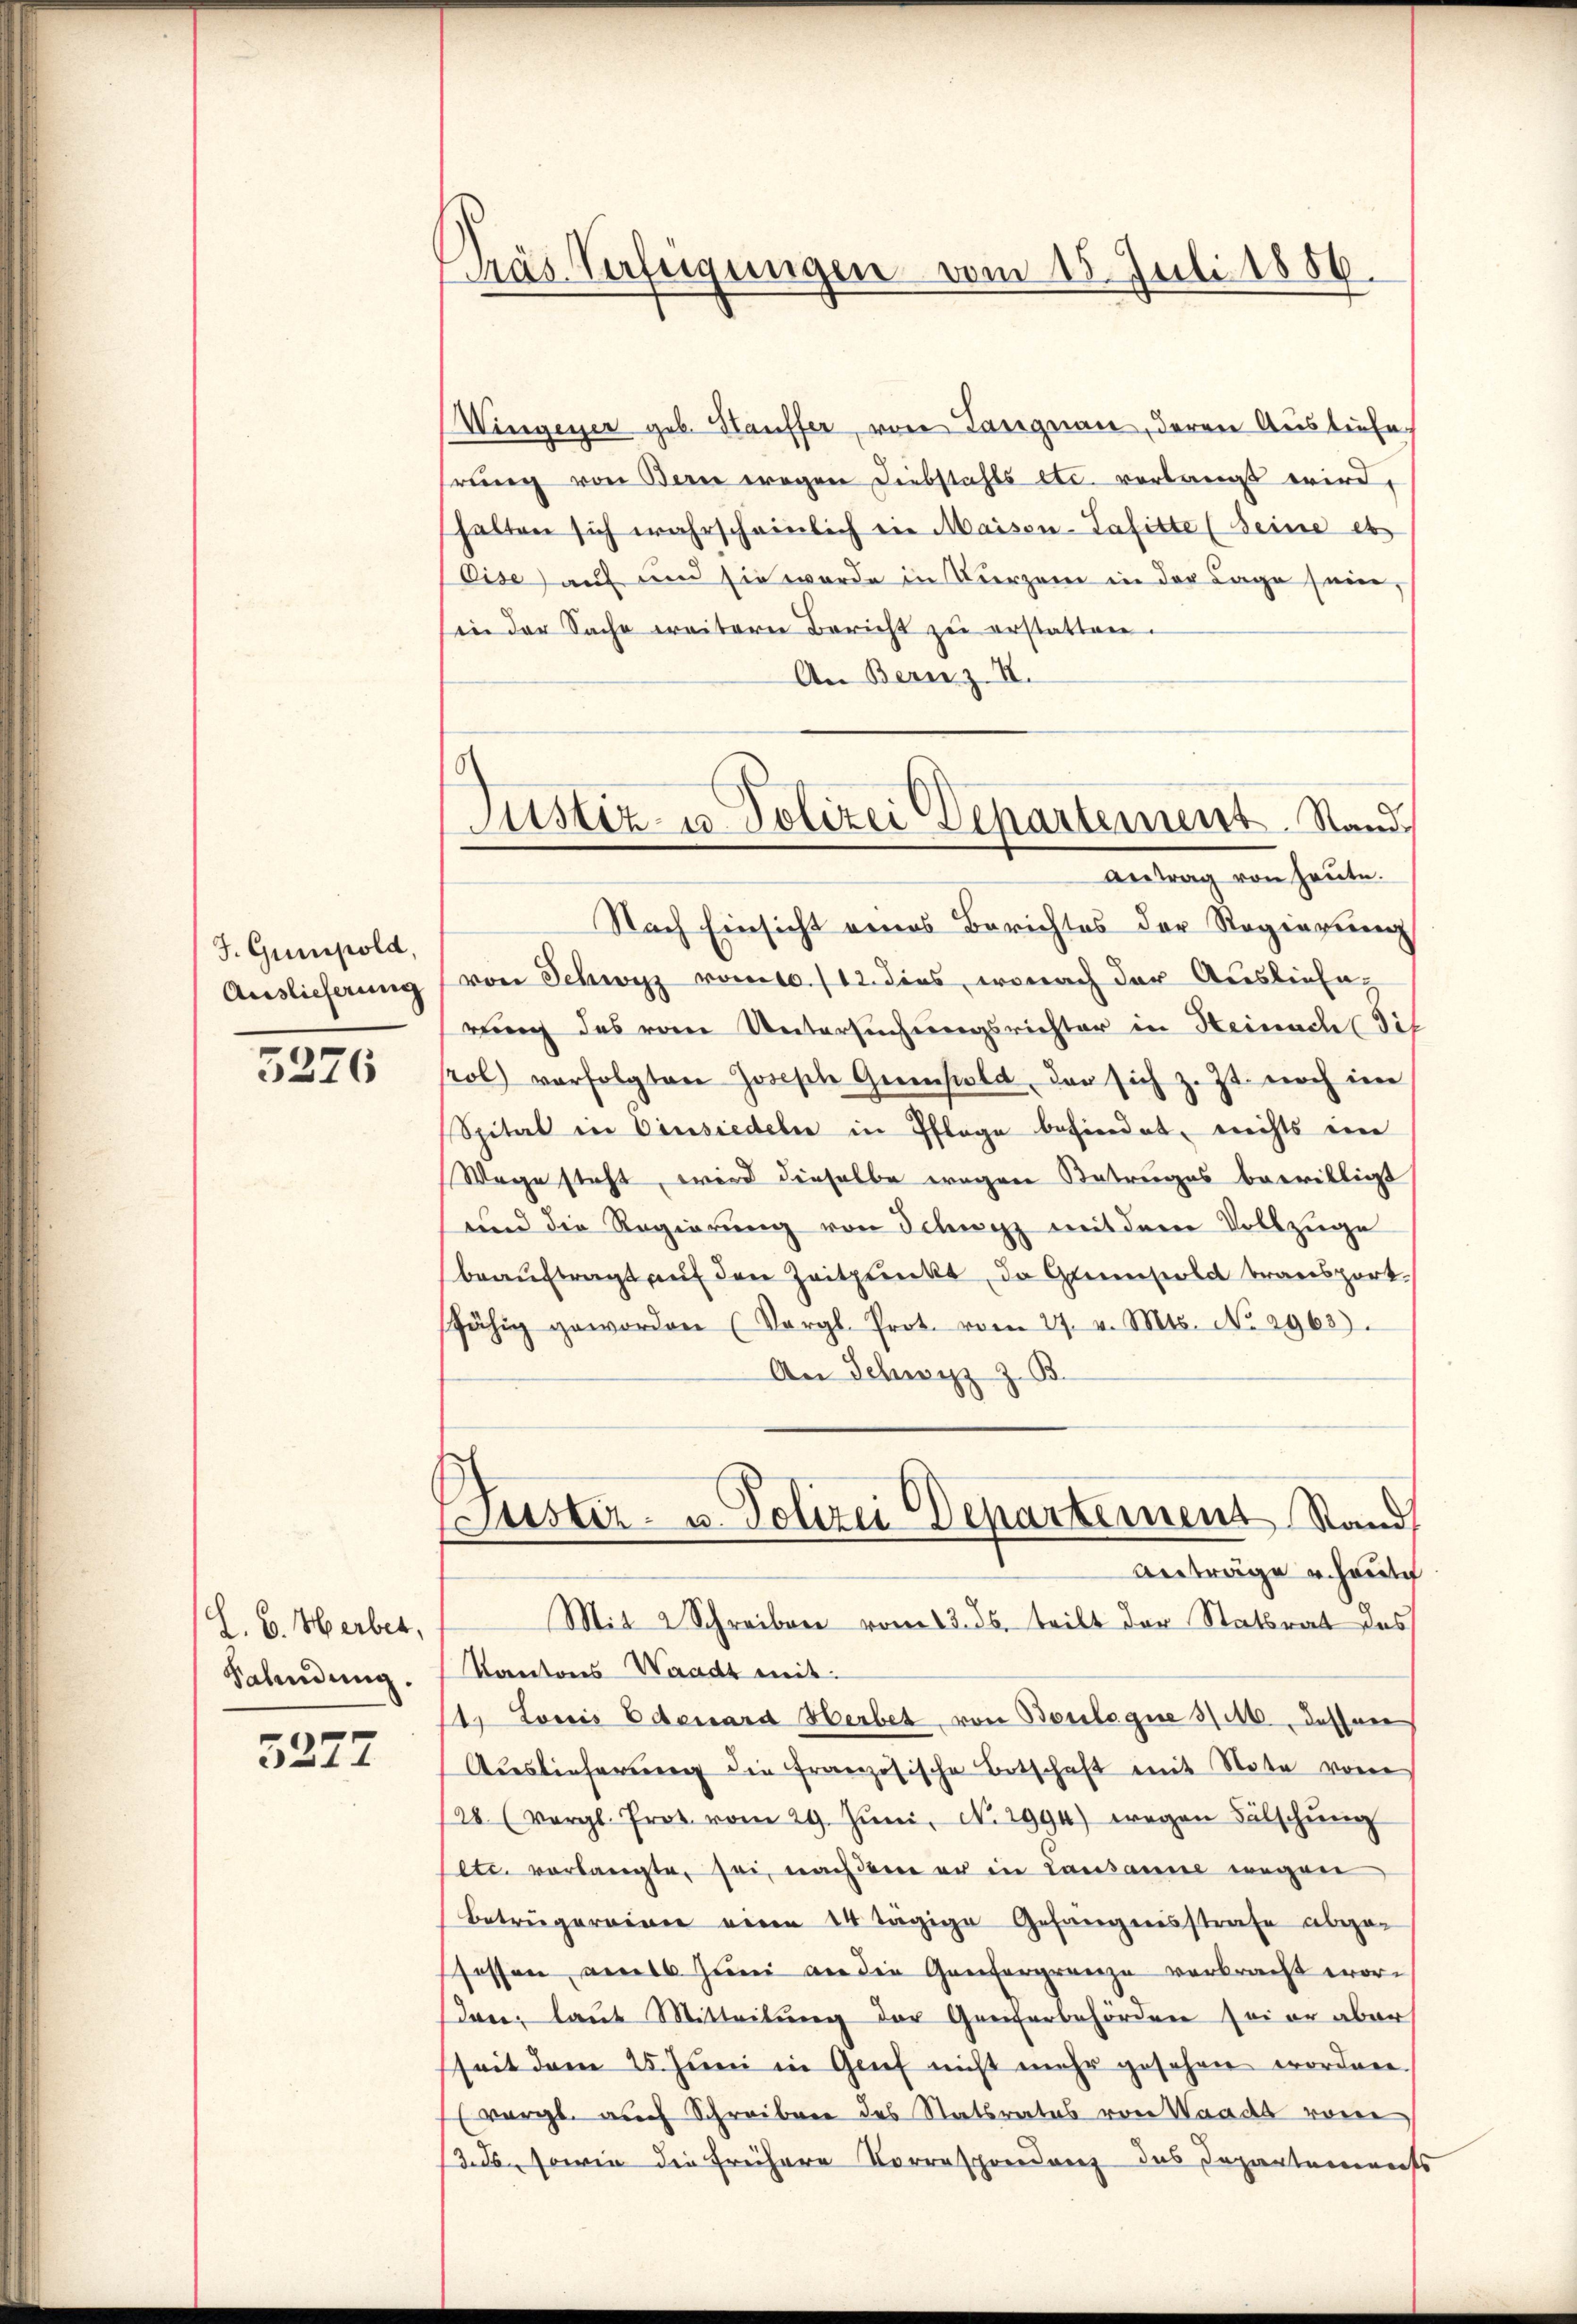
J. Gumpold,
Auslieferung

5276

L. B. Herbet,
Sahndung.

3277

Kras Verfügungen vom 15. Juli 1886.

Wingener geb. Häuffer, von Langnau, deren Ausliefe.
hrung von Berne wegen Diebstahls etc. verlangt wird,
halten sich wahrscheinlich in Maisen-Tafitte (Seine et
Cise) auf und sie wurde in Vierzen in der Lage sein,
in der Sache weitern Bericht zu erstatten.
An Bernz II.
Nach Einsicht eines Berichtes der Regierung
von Schwyz vom 1. /12. dies, wonach der Auslieferung des vom Untersuchungsrichter in Heinach Tis
prol) verfolgten Joseste Genfeld, der sich z. Zt. noch im
Spital in Einsiedeln in Pflege behindet, nichts im
Wege steht, wird dieselbe wegen Betruges bewilligt
und die Regierung von Schwyz mit dem Vollzuge
beauftragt auf den Zeitpunkt, da Gunstola transport.
fähig geworden (Vergl. Prot. vom 27. v. Mts. No. 2962.
An Schwyz z. B.
Suster- u. Polizei Departement Stand
Anträge u. heute
Mit 2 Schreiben vom 13. ds. teilt der Statsrat des
Kantons Waadt mit:
1. Louis Edenard Herbet von Boulogne 3/10 dessen
Auslieferung die französische Botschaft mit Note vom
28 (vergl. Prot. vom 29. Jŭni N. 2994) wegen Fälschŭng
Eetr. verlangte, sei, nach dem er in Lausanne wegen
Betrugereine einen 14 tägige Gefängnisstrafe abgefossen, als Juni an die Genfergrenze verbracht worsden, laut Mitteilung der Greiferbehörden sei er aber
seit dem 25. Juni in Grief nicht mehr gesehen worden.
(vergl. auch Schreiben des Statsrates von Waadt vom
ds, sowie die frühere Vorrespondenz des Departements

Justiz- u. Polizei Departement. Stand
Antrag von heute.